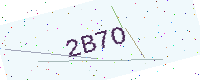
Text: 2B7O